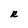
Character: R